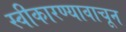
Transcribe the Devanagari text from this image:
स्वीकारण्यावाचून